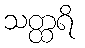
သတ္ထရိ